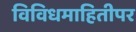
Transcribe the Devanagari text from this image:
विविधमाहितीपर